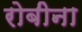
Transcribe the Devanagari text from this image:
रोबीना